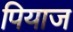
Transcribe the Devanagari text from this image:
पियाज